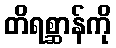
တိရစ္ဆာန်ကို